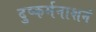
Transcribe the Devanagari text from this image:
दुष्कर्मनाशनं